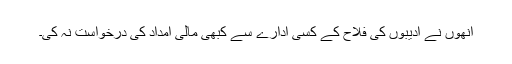
انھوں نے ادیبوں کی فلاح کے کسی ادارے سے کبھی مالی امداد کی درخواست نہ کی۔